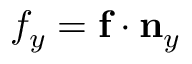
{ f } _ { y } = \mathbf { f } \cdot \mathbf { n } _ { y }